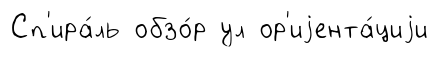
Сп'ира́ль обзо́р ул ор'иjента́циjи